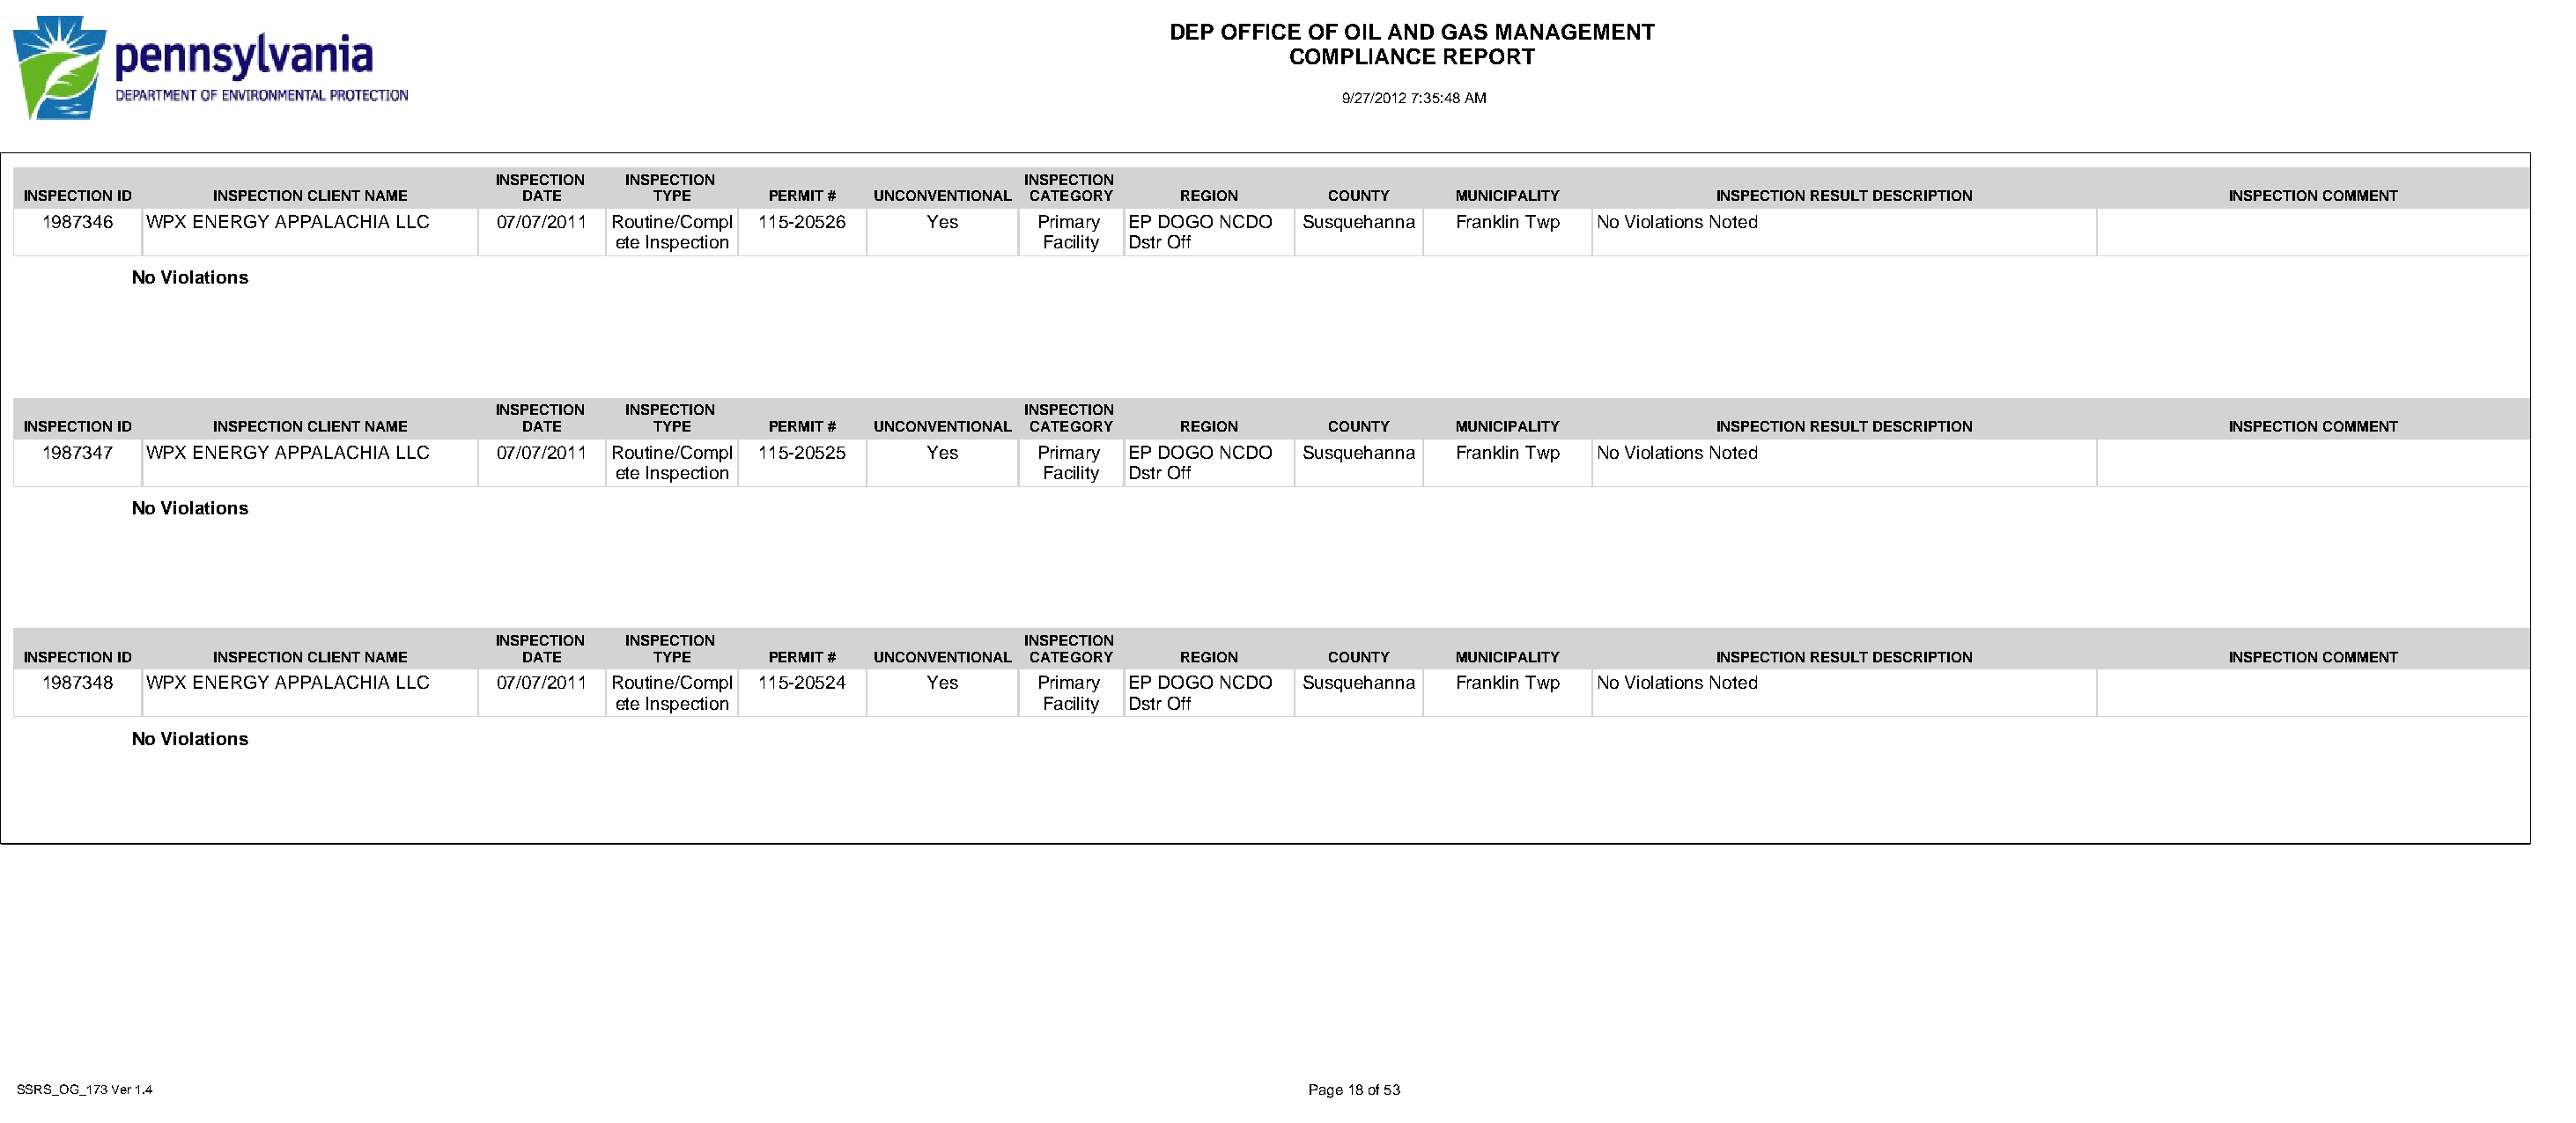
DEP OFFICE OF OIL AND GAS MANAGEMENT
 COMPLIANCE  REPORT
 9/27/2012 7:35:48 AM
 INSPECTION INSPECTION                   INSPECTION
 INSPECTION ID INSPECTION CLIENT NAME DATE      TYPE     PERMIT # UNCONVENTIONAL CATEGORY REGION   COUNTY   MUNICIPALITY        INSPECTION RESULT DESCRIPTION          INSPECTION COMMENT
 1987346 WPX ENERGY APPALACHIA LLC 07/07/2011 Routine/Compl 115-20526 Yes   Primary EP DOGO NCDO Susquehanna Franklin Twp No Violations Noted
 ete Inspection                  Facility Dstr Off
 No Violations
 INSPECTION INSPECTION                   INSPECTION
 INSPECTION ID INSPECTION CLIENT NAME DATE      TYPE     PERMIT # UNCONVENTIONAL CATEGORY REGION   COUNTY   MUNICIPALITY        INSPECTION RESULT DESCRIPTION          INSPECTION COMMENT
 1987347 WPX ENERGY APPALACHIA LLC 07/07/2011 Routine/Compl 115-20525 Yes   Primary EP DOGO NCDO Susquehanna Franklin Twp No Violations Noted
 ete Inspection                  Facility Dstr Off
 No Violations
 INSPECTION INSPECTION                   INSPECTION
 INSPECTION ID INSPECTION CLIENT NAME DATE      TYPE     PERMIT # UNCONVENTIONAL CATEGORY REGION   COUNTY   MUNICIPALITY        INSPECTION RESULT DESCRIPTION          INSPECTION COMMENT
 1987348 WPX ENERGY APPALACHIA LLC 07/07/2011 Routine/Compl 115-20524 Yes   Primary EP DOGO NCDO Susquehanna Franklin Twp No Violations Noted
 ete Inspection                  Facility Dstr Off
 No Violations
 SSRS_OG_173 Ver 1.4                                                                              Page 18 of 53